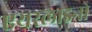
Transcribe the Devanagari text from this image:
एयरलाइनो